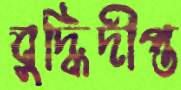
বুদ্ধিদীপ্ত